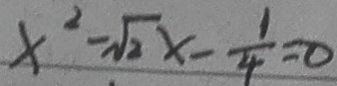
x ^ { 2 } - \sqrt { 2 } x - \frac { 1 } { 4 } = 0